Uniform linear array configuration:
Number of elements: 48
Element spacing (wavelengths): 1
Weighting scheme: kaiser
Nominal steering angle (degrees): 60
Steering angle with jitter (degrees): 60.222
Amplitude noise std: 0.05
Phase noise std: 0.05

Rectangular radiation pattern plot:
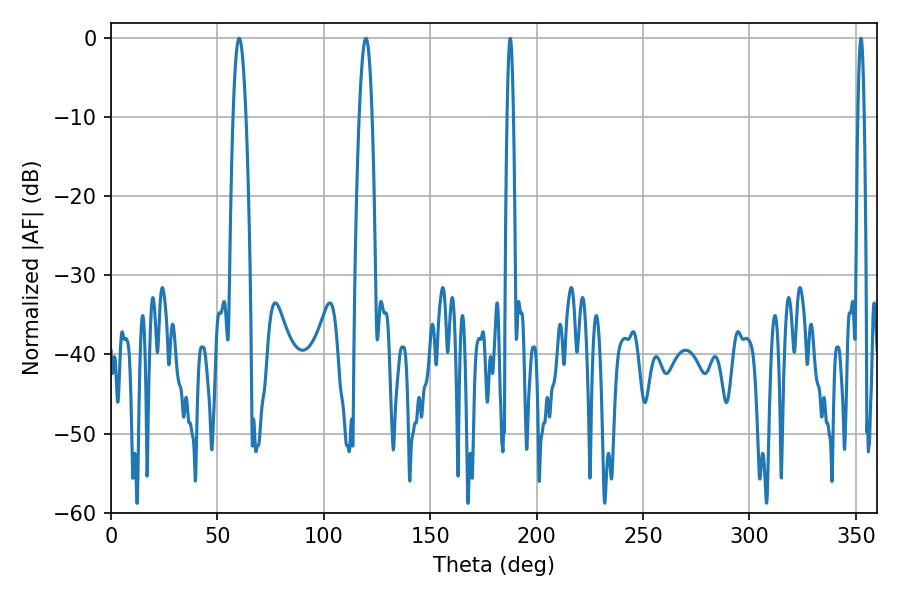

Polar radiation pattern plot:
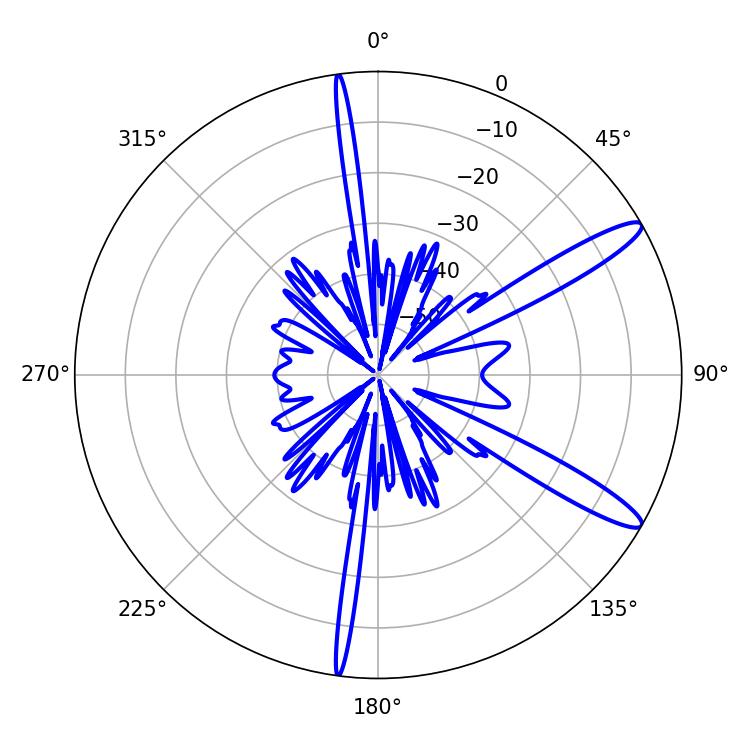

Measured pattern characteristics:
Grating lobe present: TRUE
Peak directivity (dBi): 12.938
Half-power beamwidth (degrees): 1.44
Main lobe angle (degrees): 187.56